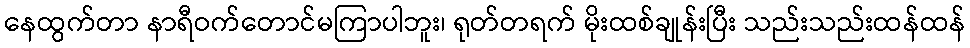
နေထွက်တာ နာရီဝက်တောင်မကြာပါဘူး၊ ရုတ်တရက် မိုးထစ်ချုန်းပြီး သည်းသည်းထန်ထန်